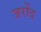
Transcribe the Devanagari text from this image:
जर्रोद